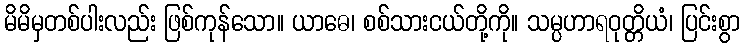
မိမိမှတစ်ပါးလည်း ဖြစ်ကုန်သော။ ယာဓေ၊ စစ်သားငယ်တို့ကို။ သမ္ပဟာရဝုတ္တိယံ၊ ပြင်းစွာ